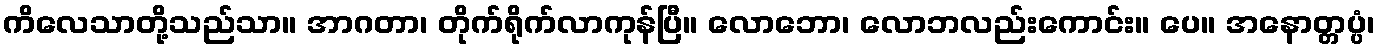
ကိလေသာတို့သည်သာ။ အာဂတာ၊ တိုက်ရိုက်လာကုန်ပြီ။ လောဘော၊ လောဘလည်းကောင်း။ ပေ။ အနောတ္တပ္ပံ၊